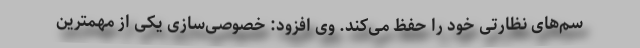
سم‌های نظارتی خود را حفظ می‌کند. وی افزود: خصوصی‌سازی یکی از مهمترین